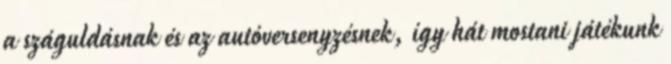
a száguldásnak és az autóversenyzésnek, így hát mostani játékunk